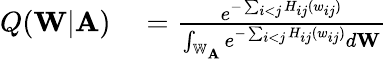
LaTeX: \begin{array}{rl}{Q(\mathbf{W}|\mathbf{A})}&{{}=\frac{e^{-\sum_{i<j}H_{ij}(w_{ij})}}{\int_{\mathbb{W}_{\mathbf{A}}}e^{-\sum_{i<j}H_{ij}(w_{ij})}d\mathbf{W}}}\end{array}